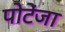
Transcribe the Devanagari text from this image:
पोटेंजा